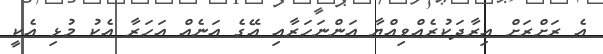
އެ ރަށްރަށް އިރާދަކުރެއްވިއްޔާ އަންނަހަރާއި އޭގެ އަނެއް އަހަރާ އެކު މުޅި އެކީ